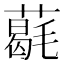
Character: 𦼵